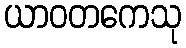
ယာဝတကေသု